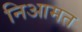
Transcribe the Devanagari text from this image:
निआमत